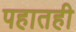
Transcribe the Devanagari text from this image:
पहातही